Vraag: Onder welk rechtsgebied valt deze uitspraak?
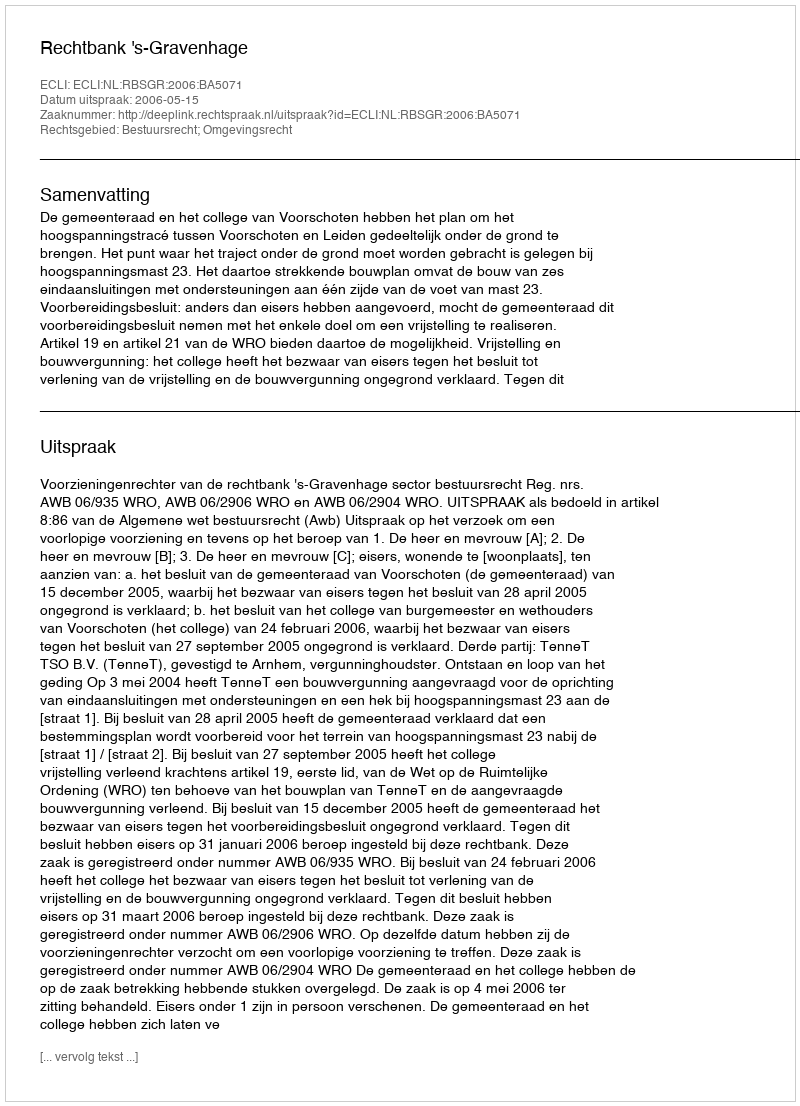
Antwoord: Bestuursrecht; Omgevingsrecht